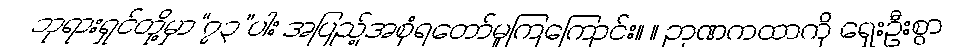
ဘုရားရှင်တို့မှာ“၇၃”ပါး အပြည့်အစုံရတော်မူကြကြောင်း။ ။ ဉာဏကထာကို ရှေးဦးစွာ